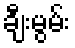
ချီးမွမ်း